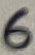
Text: 6